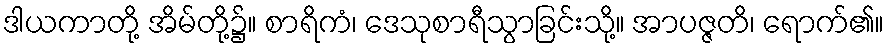
ဒါယကာတို့ အိမ်တို့၌။ စာရိကံ၊ ဒေသုစာရီသွာခြင်းသို့။ အာပဇ္ဇတိ၊ ရောက်၏။